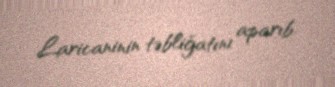
Laricaninin təbliğatını aparıb.